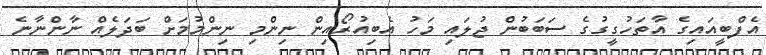
އެފްބީއައިގެ އާތަހުގީގުގެ ސަބަބުން ޖުލައި މަހު އެބިއުރޯއިން ނިންމި ނިންމުމަށް ބަދަލެއް ނާންނާނެ